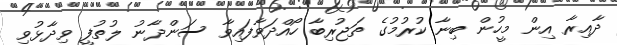
ދާއިރާ އިން މީހުން ބިނާ ކުރުމުގެ ތަޖުރިބާ ހޯއްދަވާފައިވާ ސަންދާނު ލުތުފީ ވިދާޅުވި